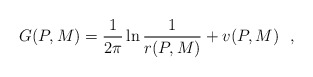
\begin{align*}G(P,M)={1\over 2\pi}\ln {1\over r(P,M)}+v(P,M)~~,\end{align*}